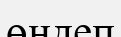
өңдеп